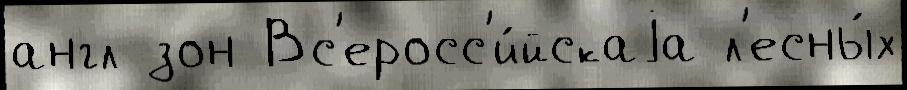
англ зон Вс'еросс'и́йскаjа л'есны́х